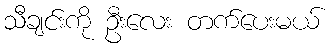
သီချင်းကို ဦးလေး တက်ပေးမယ်